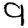
Digit: 9